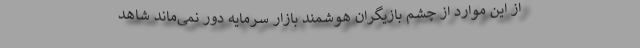
از این موارد از چشم بازیگران هوشمند بازار سرمایه دور نمی‌ماند شاهد